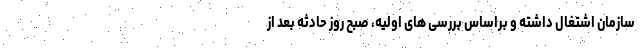
سازمان اشتغال داشته و براساس بررسی های اولیه، صبح روز حادثه بعد از